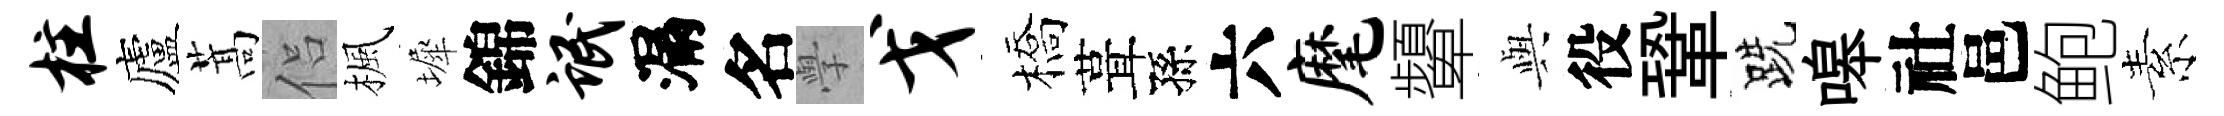
柱廬蒿侣楓墀錦氓漏名𭓕戈橋葺孫六麾顰𫤰役鞏跣嗥社邑鲍素